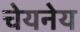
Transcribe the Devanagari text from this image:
चेयनेय